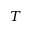
T